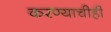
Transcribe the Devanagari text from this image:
करण्‍याचीही